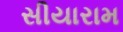
સીયારામ